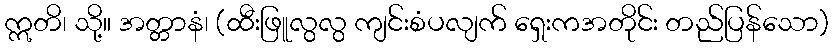
ဣတိ၊ သို့။ အတ္တာနံ၊ (ထီးဖြူလွလွ ကျင်းစံပလျက် ရှေးကအတိုင်း တည်ပြန်သော)